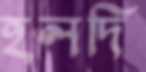
হলদি